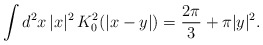
\begin{align*}\int d^2x\, |x|^2\,K_{0}^2(|x - y|) = \frac{2\pi}{3} +\pi |y|^2.\end{align*}